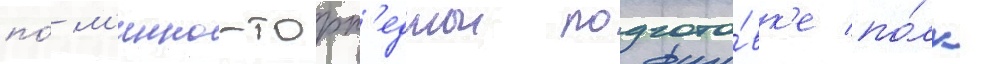
по́ м'инно-торп'еднои подгото́вк'е по́лк